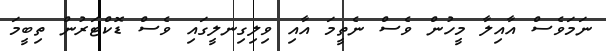
ނަމަވެސް އާއިލާ މީހުން ވެސް ނެތީމަ އާއި ވިލިގިނލީގައި ވެސް ޑޮކްޓަރުން ތިބީމަ